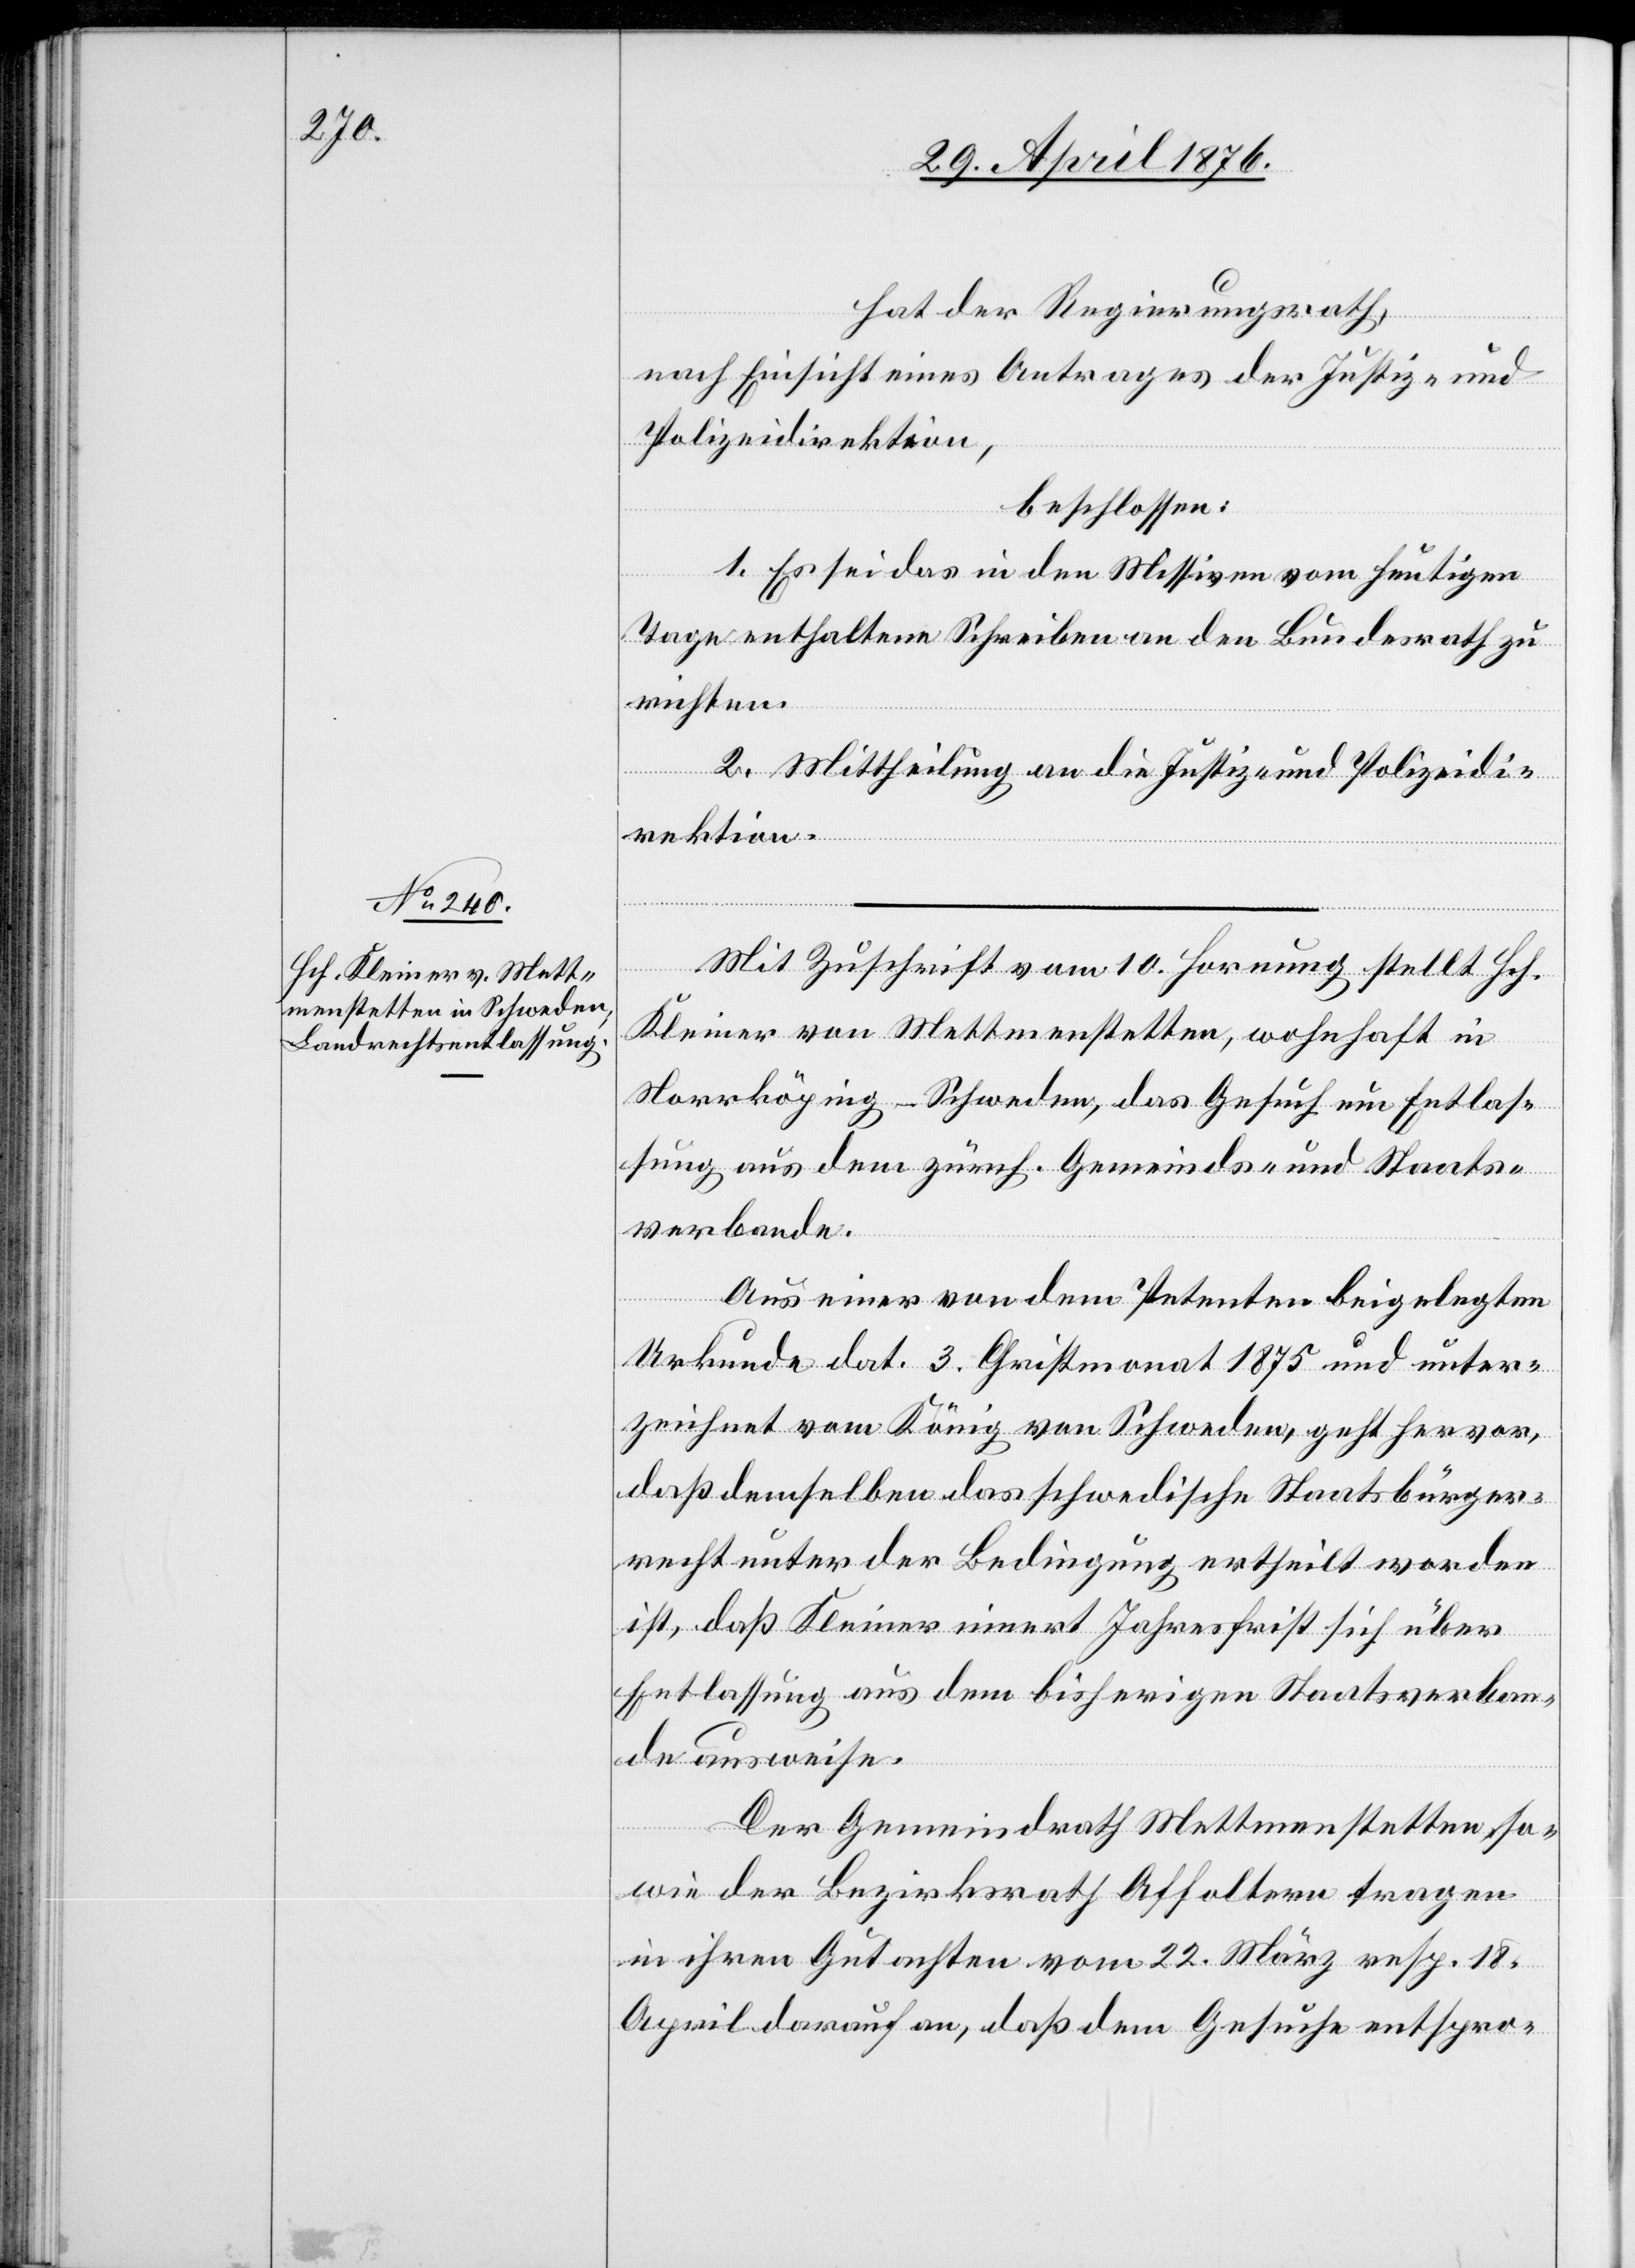
hat der Regierungsrath,
nach Einsicht eines Antrages der Justiz- und
Polizeidirektion,
beschlossen:
1. Es sei das in den Missiven vom heutigen
Tage enthaltene Schreiben an den Bundesrath zu
richten.
2. Mittheilung an die Justiz- und Polizeidi¬
rektion.
Mit Zuschrift vom 10. Hornung stellt Hch.
Kleiner von Mettmenstetten, wohnhaft in
Norrköping - Schweden, das Gesuch um Entlas¬
sung aus dem zürch. Gemeinds- und Staats¬
verbande.
Aus einer von dem Petenten beigelegten
Urkunde dat. 3. Christmonat 1875 und unter¬
zeichnet vom König von Schweden, geht hervor,
daß demselben das schwedische Staatsbürger¬
recht unter der Bedingung ertheilt worden
ist, daß Kleiner innert Jahresfrist sich über
Entlassung aus dem bisherigen Staatsverban¬
de ausweise.
Der Gemeindrath Mettmenstetten so¬
wie der Bezirksrath Affoltern tragen
in ihren Gutachten vom 22. März resp. 18.
April darauf an, daß dem Gesuche entspro-